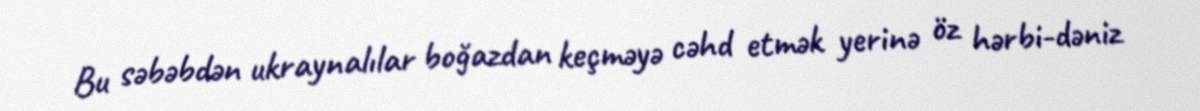
Bu səbəbdən ukraynalılar boğazdan keçməyə cəhd etmək yerinə öz hərbi-dəniz